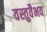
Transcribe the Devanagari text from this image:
वस्तुवैभव